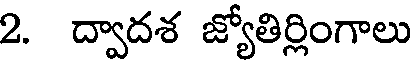
2. ద్వాదశ జ్యోతిర్లింగాలు